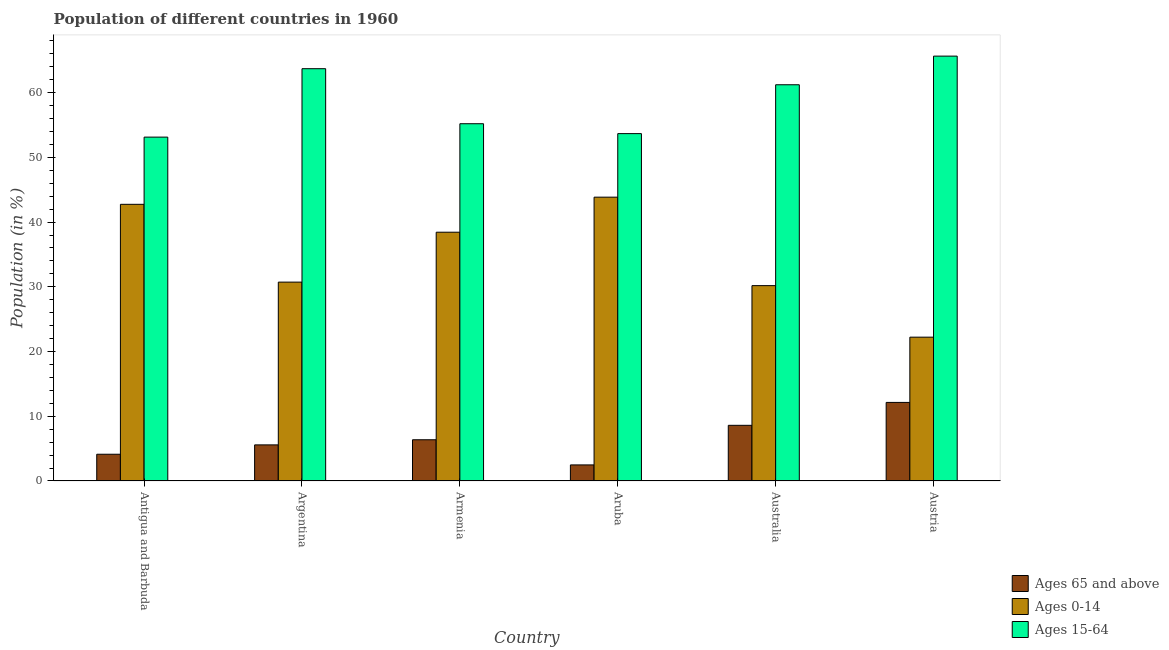
| Country | Ages 65 and above | Ages 0-14 | Ages 15-64 |
 | --- | --- | --- | --- |
 | Antigua and Barbuda | 4.13 | 42.7 | 53.1 |
 | Argentina | 5.58 | 30.7 | 63.7 |
 | Armenia | 6.37 | 38.4 | 55.2 |
 | Aruba | 2.48 | 43.8 | 53.7 |
 | Australia | 8.6 | 30.2 | 61.2 |
 | Austria | 12.1 | 22.2 | 65.6 |